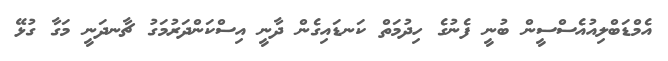
އެމްޑަބްލިއުއެސްސީން ބުނީ ފެނުގެ ހިދުމަތް ކަނޑައިގެން ދާނީ އިސްކަންދަރުމަގު ޗާނދަނީ މަގާ ގުޅޭ